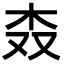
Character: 𣏪